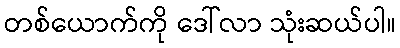
တစ်ယောက်ကို ဒေါ်လာ သုံးဆယ်ပါ။